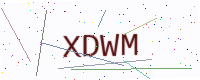
Text: XDWM